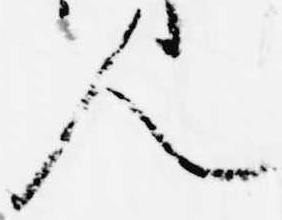
人